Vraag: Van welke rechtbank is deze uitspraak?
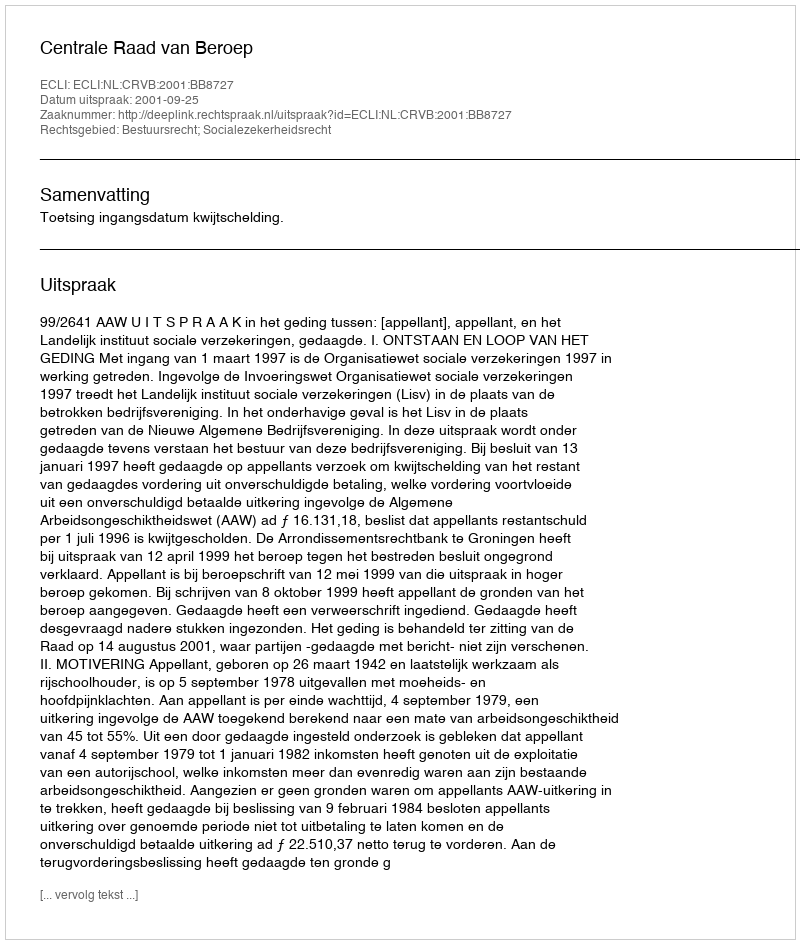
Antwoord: Centrale Raad van Beroep